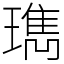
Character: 㻽